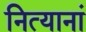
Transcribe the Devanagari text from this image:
नित्यानां